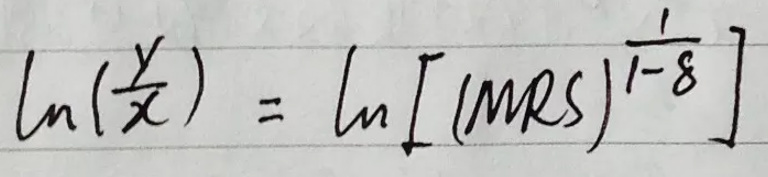
\[\ln\left(\frac{y}{x}\right)=\ln\left[(MRS)^{\frac{1}{1 - \delta}}\right]\]